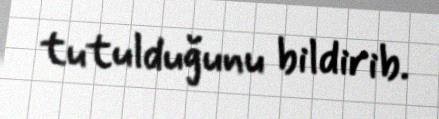
tutulduğunu bildirib.